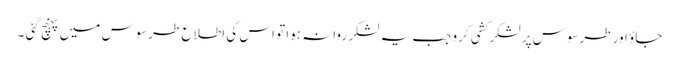
جاؤ اور طرسوس پر لشکر کشی کرو جب یہ لشکر روانہ ہوا تو اس کی اطلاع طرسوس میں پہنچ گئی ۔